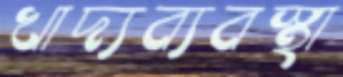
খাদ্যব্যবস্থা